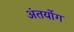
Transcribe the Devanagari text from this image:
अंतर्योग